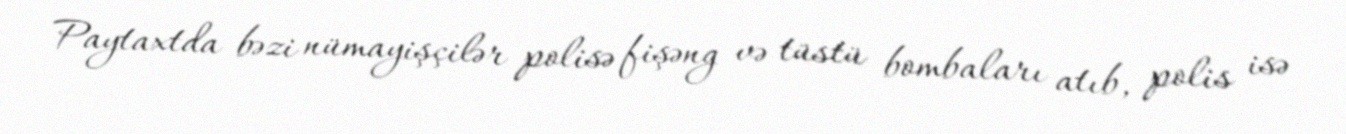
Paytaxtda bəzi nümayişçilər polisə fişəng və tüstü bombaları atıb, polis isə